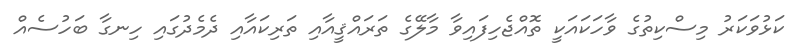
ކަޅުވަކަރު މިސްކިތުގެ ވާހަކައަކީ ތޮއްޖެހިފައިވާ މާލޭގެ ތަރައްޤީއާއި ތަރިކައާއި ދެމެދުގައި ހިނގާ ބަހުސެއް